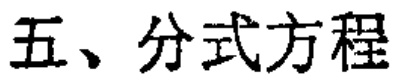
五、分式方程